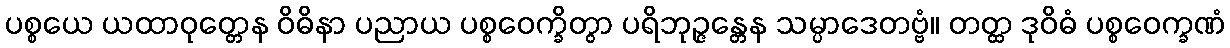
ပစ္စယေ ယထာဝုတ္တေန ဝိဓိနာ ပညာယ ပစ္စဝေက္ခိတွာ ပရိဘုဉ္ဇန္တေန သမ္ပာဒေတဗ္ဗံ။ တတ္ထ ဒုဝိဓံ ပစ္စဝေက္ခဏံ